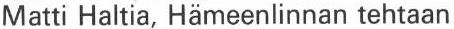
Matti Haltia, Hämeenlinnan tehtaan